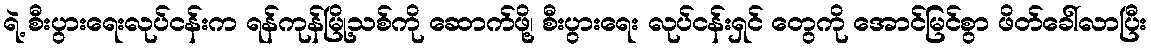
ရဲ့ စီးပွားရေးလုပ်ငန်းက ရန်ကုန်မြို့သစ်ကို ဆောက်ဖို့၊ စီးပွားရေး လုပ်ငန်းရှင် တွေကို အောင်မြင်စွာ ဖိတ်ခေါ်လာပြီး